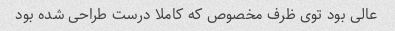
عالی بود توی ظرف مخصوص که کاملا درست طراحی شده بود